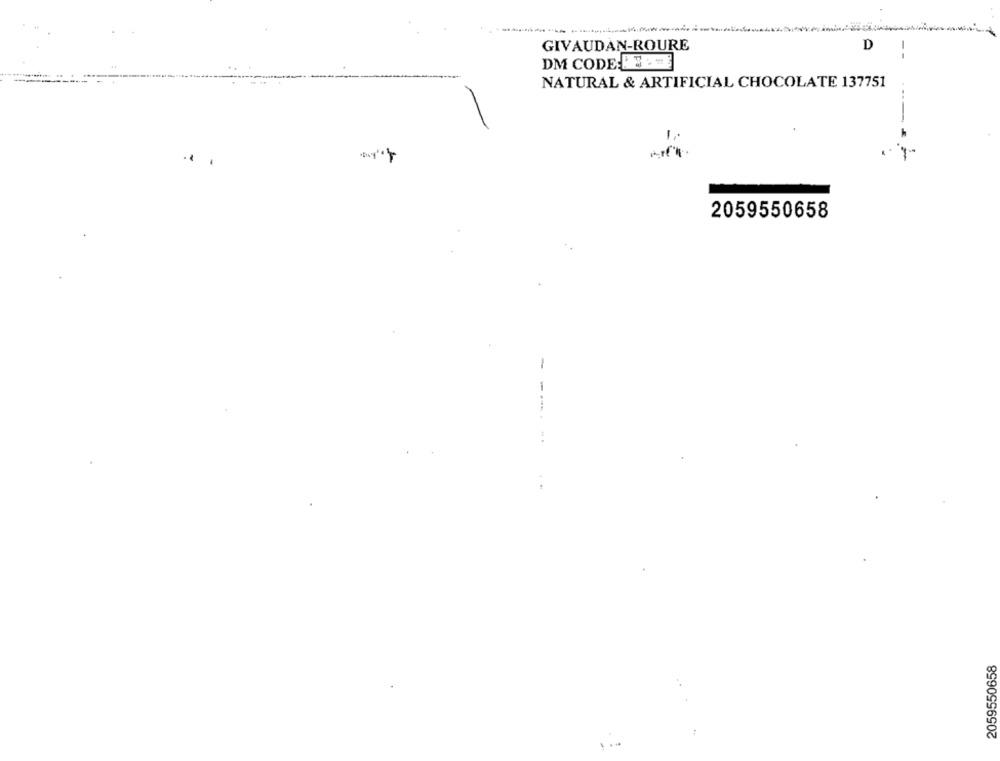
GIVAUDAN-ROURE
D
DM CODE: FECE
NATURAL & ARTIFICIAL CHOCOLATE 137751
2059550658
-
2059550658